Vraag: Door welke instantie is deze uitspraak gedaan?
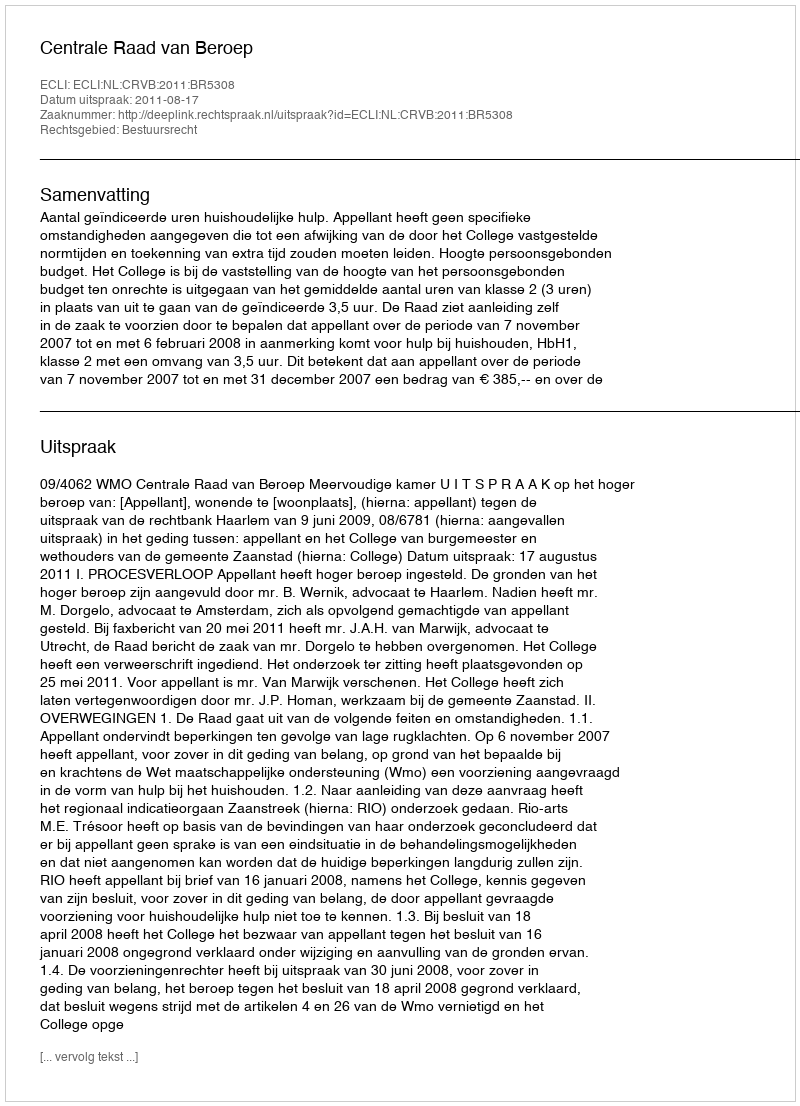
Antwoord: Centrale Raad van Beroep